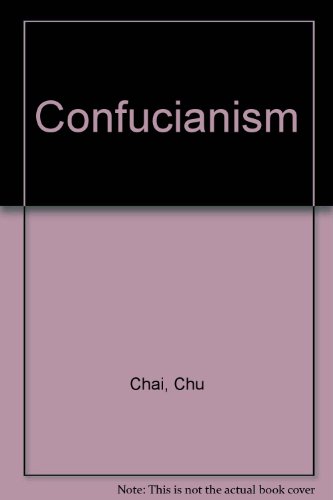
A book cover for Confucianism; Chu Chai; Teen & Young Adult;